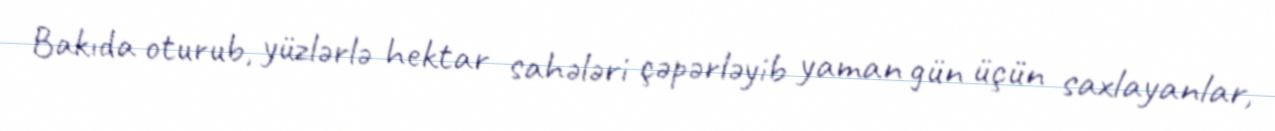
Bakıda oturub, yüzlərlə hektar sahələri çəpərləyib yaman gün üçün saxlayanlar,